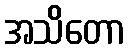
အသိတော